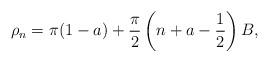
LaTeX: \begin{align*}\rho_n=\pi(1-a) +\frac{\pi}{2}\left(n+a-\frac{1}{2}\right)B,\end{align*}